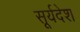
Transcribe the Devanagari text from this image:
सूर्यदेश